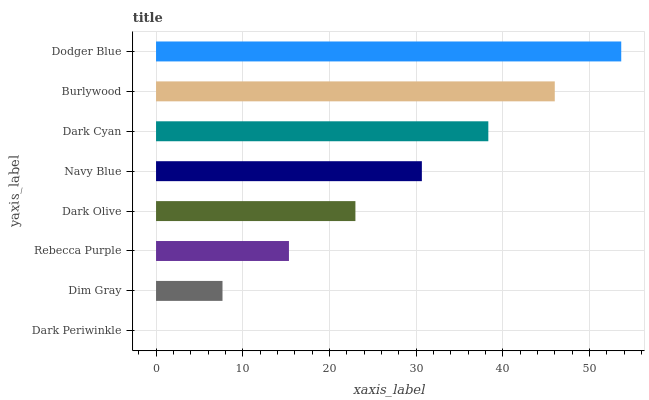
| yaxis_label | bars |
 | --- | --- |
 | Dark Periwinkle | 0 |
 | Dim Gray | 7.67 |
 | Rebecca Purple | 15.3 |
 | Dark Olive | 23 |
 | Navy Blue | 30.7 |
 | Dark Cyan | 38.3 |
 | Burlywood | 46 |
 | Dodger Blue | 53.7 |